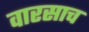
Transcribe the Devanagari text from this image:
वारसाच